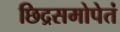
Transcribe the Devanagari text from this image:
छिद्रसमोपेतं